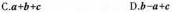
C.$$a+b+c$$ D.$$b-a+c$$